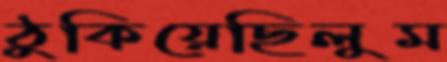
ঠুকিয়েছিলুম